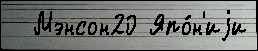
  Мэнсон20 Япо́н'иjи